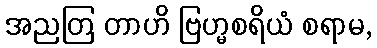
အညတြ တာဟိ ဗြဟ္မစရိယံ စရာမ,